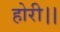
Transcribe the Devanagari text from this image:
होरी।।